Annual report of the Imperial Bacteriologist
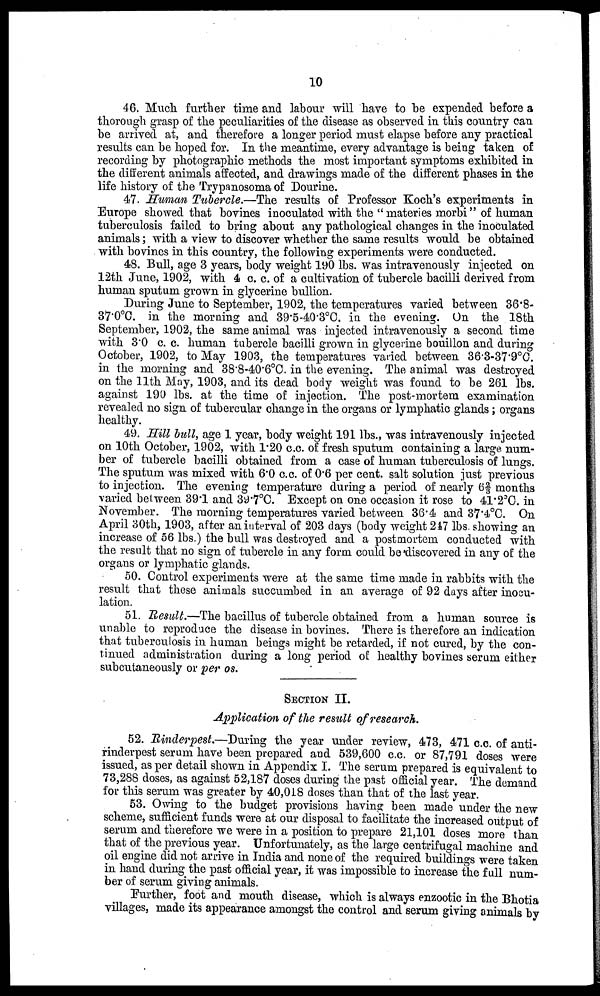
10
46. Much further time and labour will have to be expended before a
thorough grasp of the peculiarities of the disease as observed in this country can
be arrived at, and therefore a longer period must elapse before any practical
results can be hoped for. In the meantime, every advantage is being taken of
recording by photographic methods the most important symptoms exhibited in
the different animals affected, and drawings made of the different phases in the
life history of the Trypanosoma of Dourine.
47. Human Tubercle.—The results of Professor Koch's experiments in
Europe showed that bovines inoculated with the "materies morbi" of human
tuberculosis failed to bring about any pathological changes in the inoculated
animals; with a view to discover whether the same results would be obtained
with bovines in this country, the following experiments were conducted.
48. Bull, age 3 years, body weight 190 lbs. was intravenously injected on
12th June, 1902, with 4 c. c. of a cultivation of tubercle bacilli derived from
human sputum grown in glycerine bullion.
During June to September, 1902, the temperatures varied between 36.8-
37.0°C. in the morning and 39.5-40.3°C. in the evening. On the 18th
September, 1902, the same animal was injected intravenously a second time
with 3.0 c. c. human tubercle bacilli grown in glycerine bouillon and during
October, 1902, to May 1903, the temperatures varied between 36.3-37.9°C.
in the morning and 38.8-40.6°C. in the evening. The animal was destroyed
on the 11th May, 1903, and its dead body weight was found to be 261 lbs.
against 190 lbs. at the time of injection. The post-mortem examination
revealed no sign of tubercular change in the organs or lymphatic glands; organs
healthy.
49. Hill bull, age 1 year, body weight 191 lbs., was intravenously injected
on 10th October, 1902, with 1.20 c.c. of fresh sputum containing a large num
ber of tubercle bacilli obtained from a case of human tuberculosis of lungs.
The sputum was mixed with 6.0 c.c. of 0.6 per cent. salt solution just previous
to injection. The evening temperature during a period of nearly 6⅔ months
varied between 39.1 and 39.7°C. Except on one occasion it rose to 41.2ºC. in
November. The morning temperatures varied between 36.4 and 37.4°C. On
April 30th, 1903, after an interval of 203 days (body weight 247 lbs. showing an
increase of 56 lbs.) the bull was destroyed and a postmortem conducted with
the result that no sign of tubercle in any form could be discovered in any of the
organs or lymphatic glands.
50. Control experiments were at the same time made in rabbits with the
result that these animals succumbed in an average of 92 days after inocu
lation.
51. Result.—The bacillus of tubercle obtained from a human source is
unable to reproduce the disease in bovines. There is therefore an indication
that tuberculosis in human beings might be retarded, if not cured, by the con
tinued administration during a long period of healthy bovines serum either
subcutaneously or per os.
SECTION II.
Application of the result of research.
52. Rinderpest.—During the year under review, 473, 471 c.c. of anti-
rinderpest serum have been prepared and 539,600 c.c. or 87,791 doses were
issued, as per detail shown in Appendix I. The serum prepared is equivalent to
73,288 doses, as against 52,187 doses during the past official year. The demand
for this serum was greater by 40,018 doses than that of the last year.
53. Owing to the budget provisions having been made under the new
scheme, sufficient funds were at our disposal to facilitate the increased output of
serum and therefore we were in a position to prepare 21,101 doses more than
that of the previous year. Unfortunately, as the large centrifugal machine and
oil engine did not arrive in India and none of the required buildings were taken
in hand during the past official year, it was impossible to increase the full num
ber of serum giving animals.
Further, foot and mouth disease, which is always enzootic in the Bhotia
villages, made its appearance amongst the control and serum giving animals by